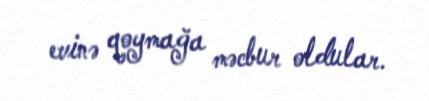
evinə qoymağa məcbur oldular.